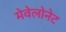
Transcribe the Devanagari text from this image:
मेवेलोनेट